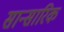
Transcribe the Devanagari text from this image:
सान्सारिक